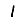
Digit: 1